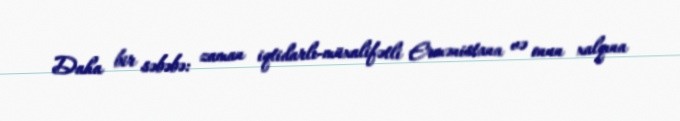
Daha bir səbəbə: zaman iqtidarlı-müxalifətli Ermənistana və onun xalqına